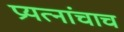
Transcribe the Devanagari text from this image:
प्रयत्‍नांचाच